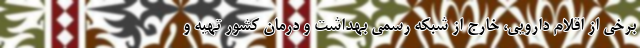
برخی از اقلام دارویی، خارج از شبکه رسمی بهداشت و درمان کشور تهیه و